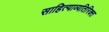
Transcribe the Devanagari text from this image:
साहित्याव्यतिरिक्त